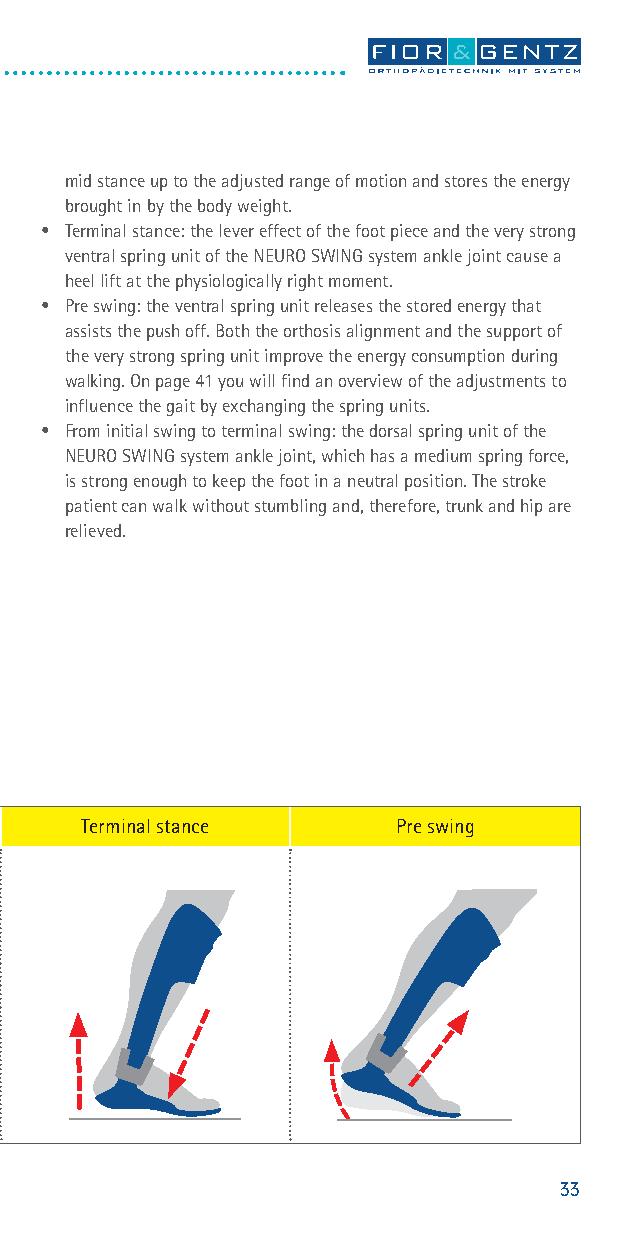
mid stance up to the adjusted range of motion and stores the energy
 brought in by the body weight.
 • Terminal stance: the lever effect of the foot piece and the very strong
 ventral spring unit of the NEURO SWING system ankle joint cause a
 heel lift at the physiologically right moment.
 • Pre swing: the ventral spring unit releases the stored energy that
 assists the push off. Both the orthosis alignment and the support of
 the very strong spring unit improve the energy consumption during
 walking. On page 41 you will find an overview of the adjustments to
 influence the gait by exchanging the spring units.
 • From initial swing to terminal swing: the dorsal spring unit of the
 NEURO SWING system ankle joint, which has a medium spring force,
 is strong enough to keep the foot in a neutral position. The stroke
 patient can walk without stumbling and, therefore, trunk and hip are
 relieved.
 IC Loading reICsp o LnIoCsea d Linogad riensgp orensspeonsMe id stanMceid Mstaidn csteance TTeerrmmiTnienaralm ls sitntaaannlc cseteance Pre sPwrePin rsegw siwnigng
 15o15o 10o10o
 33